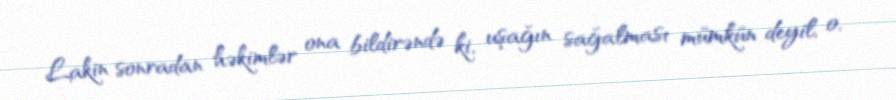
Lakin sonradan həkimlər ona bildirəndə ki, uşağın sağalması mümkün deyil, o,